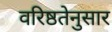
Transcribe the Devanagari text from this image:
वरिष्ठतेनुसार